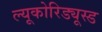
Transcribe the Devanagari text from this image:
ल्यूकोरिड्यूस्ड